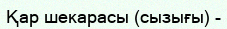
Қар шекарасы (сызығы) -